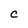
Character: C